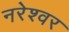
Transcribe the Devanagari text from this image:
नरेश्वर